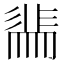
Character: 𭛖